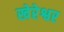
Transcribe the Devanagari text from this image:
खेरेश्वर